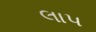
લાપ